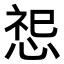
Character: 𪬂